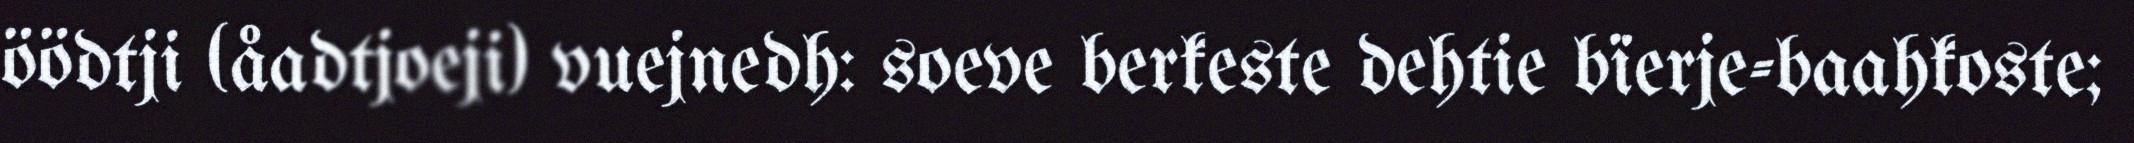
öödtji (åadtjoeji) vuejnedh: soeve berkeste dehtie bïerje-baahkoste;